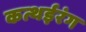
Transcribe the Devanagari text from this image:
कत्थईरंग